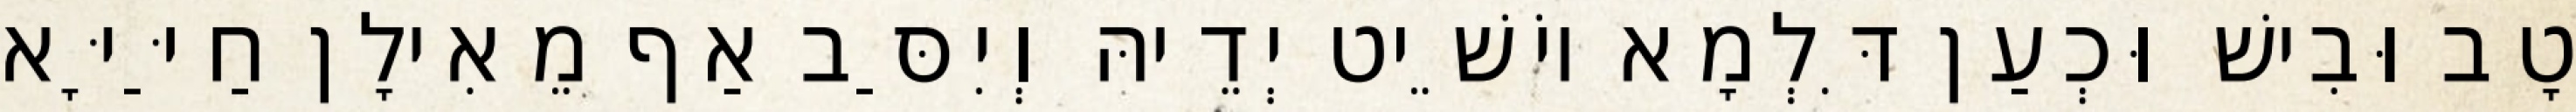
טָב וּבִישׁ וּכְעַן דִּלְמָא יוֹשֵׁיט יְדֵיהּ וְיִסַּב אַף מֵאִילָן חַיַּיָּא